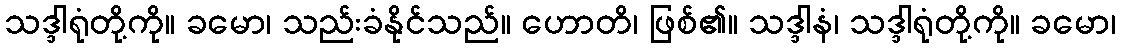
သဒ္ဒါရုံတို့ကို။ ခမော၊ သည်းခံနိုင်သည်။ ဟောတိ၊ ဖြစ်၏။ သဒ္ဒါနံ၊ သဒ္ဒါရုံတို့ကို။ ခမော၊